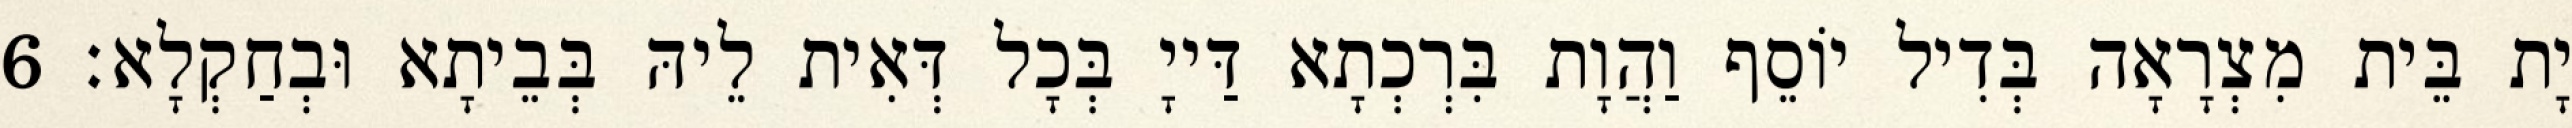
יָת בֵּית מִצְרָאָה בְּדִיל יוֹסֵף וַהֲוָת בִּרְכְתָא דַּייָ בְּכָל דְּאִית לֵיהּ בְּבֵיתָא וּבְחַקְלָא׃ 6